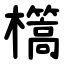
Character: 㰏